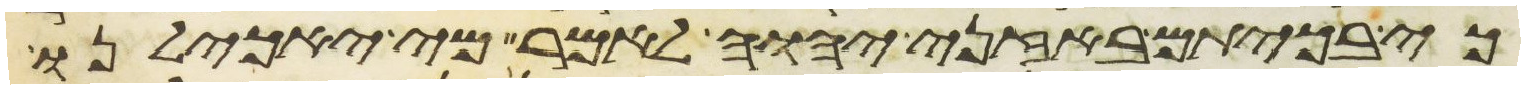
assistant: כי בכיתם באזני יהוה לאמר מי יאכילנו